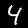
Label: 4